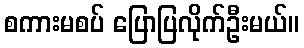
စကားမစပ် ပြောပြလိုက်ဦးမယ်။